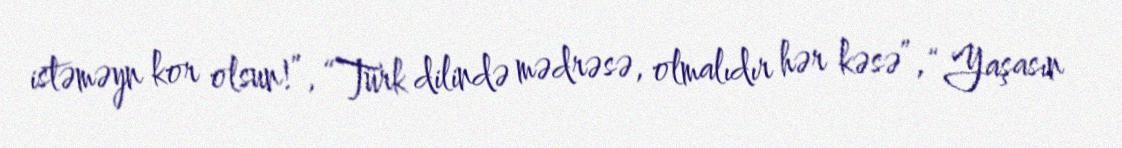
istəməyn kor olsun!”, “Türk dilində mədrəsə, olmalıdır hər kəsə”, “Yaşasın